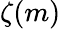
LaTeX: \zeta(m)